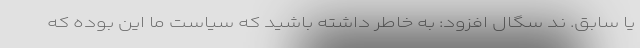
یا سابق. ند سگال افزود: به خاطر داشته باشید که سیاست ما این بوده که